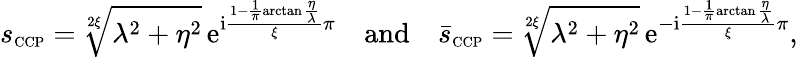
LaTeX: s_{\scriptscriptstyle{\mathrm{CCP}}}=\sqrt[2\xi]{\lambda^{2}+\eta^{2}}\, \mathrm{e}^{\mathrm{i}\frac{1-\frac{1}{\pi}\arctan\frac{\eta}{\lambda}}{\xi}\pi}\quad\mathrm{and}\quad\bar{s}_{\scriptscriptstyle{\mathrm{CCP}}}=\sqrt[2\xi]{\lambda^{2}+\eta^{2}}\, \mathrm{e}^{-\mathrm{i}\frac{1-\frac{1}{\pi}\arctan\frac{\eta}{\lambda}}{\xi}\pi},